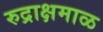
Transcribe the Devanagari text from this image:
रुद्राक्षमाळ